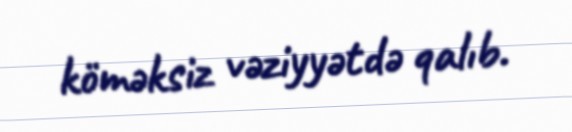
köməksiz vəziyyətdə qalıb.